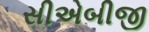
સીએબીજી